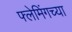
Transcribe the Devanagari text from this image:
फ्लेमिंगच्या